Rangoon Lunatic Asylum 1893-1897 - 1893-1897
Year: 1893
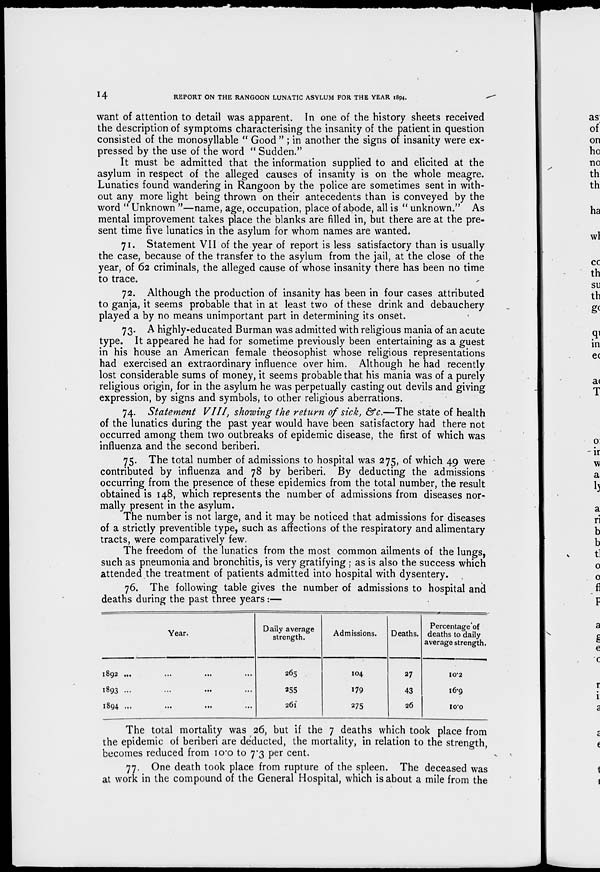
14
REPORT ON THE RANGOON LUNATIC ASYLUM FOR THE YEAR 1894.
want of attention to detail was apparent. In one of the history sheets received
the description of symptoms characterising the insanity of the patient in question
consisted of the monosyllable " Good " ; in another the signs of insanity were ex-
pressed by the use of the word " Sudden."
It must be admitted that the information supplied to and elicited at the
asylum in respect of the alleged causes of insanity is on the whole meagre.
Lunatics found wandering in Rangoon by the police are sometimes sent in with-
out any more light being thrown on their antecedents than is conveyed by the
word " Unknown "—name, age, occupation, place of abode, all is " unknown." As
mental improvement takes place the blanks are filled in, but there are at the pre-
sent time five lunatics in the asylum for whom names are wanted,
71. Statement VII of the year of report is less satisfactory than is usually
the case, because of the transfer to the asylum from the jail, at the close of the
year, of 62 criminals, the alleged cause of whose insanity there has been no time
to trace.
72. Although the production of insanity has been in four cases attributed
to ganja, it seems probable that in at least two of these drink and debauchery
played a by no means unimportant part in determining its onset.
73. A highly-educated Burman was admitted with religious mania of an acute
type. It appeared he had for sometime previously been entertaining as a guest
in his house an American female theosophist whose religious representations
had exercised an extraordinary influence over him. Although he had recently
lost considerable sums of money, it seems probable that his mania was of a purely
religious origin, for in the asylum he was perpetually casting out devils and giving
expression, by signs and symbols, to other religious aberrations.
74. Statement VIII, showing the return of sick, &c.—The state of health
of the lunatics during the past year would have been satisfactory had there not
occurred among them two outbreaks of epidemic disease, the first of which was
influenza and the second beriberi.
75. The total number of admissions to hospital was 275, of which 49 were
contributed by influenza and 78 by beriberi. By deducting the admissions
occurring from the presence of these epidemics from the total number, the result
obtained is 148, which represents the number of admissions from diseases nor-
mally present in the asylum.
The number is not large, and it may be noticed that admissions for diseases
of a strictly preventible type, such as affections of the respiratory and alimentary
tracts, were comparatively few.
The freedom of the lunatics from the most common ailments of the lungs,
such as pneumonia and bronchitis, is very gratifying ; as is also the success which
attended the treatment of patients admitted into hospital with dysentery.
76. The following table gives the number of admissions to hospital and
deaths during the past three years:—
Year.
1892 ... ... ... ...
1893 ... ... ... ...
1894 ... ... ... ...
Daily average
strength.
265
255
261
Admissions.
104
179
275
Deaths.
27
43
26
Percentage of
deaths to daily
average strength.
10.2
16.9
10.0
The total mortality was 26, but if the 7 deaths which took place from
the epidemic of beriberi are deducted, the mortality, in relation to the strength,
becomes reduced from 10.0 to 7.3 per cent.
77. One death took place from rupture of the spleen. The deceased was
at work in the compound of the General Hospital, which is about a mile from the